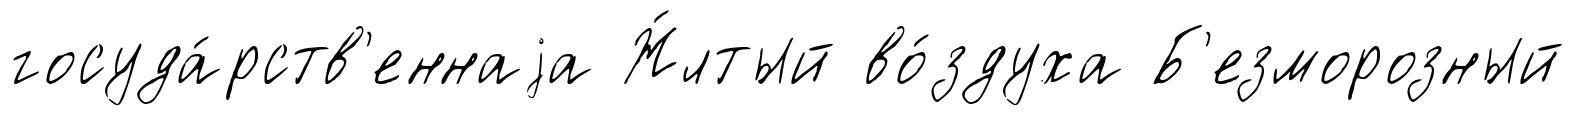
госуда́рств'еннаjа Ж́лтый во́здуха Б'езморозный